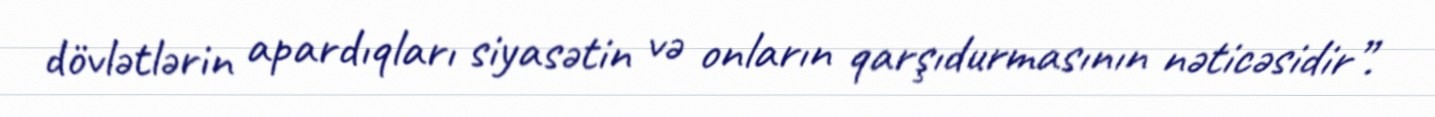
dövlətlərin apardıqları siyasətin və onların qarşıdurmasının nəticəsidir”.